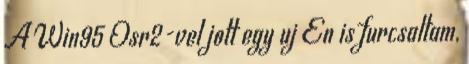
A Win95 Osr2-vel jott egy uj En is furcsaltam,